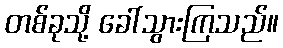
တစ်ခုသို့ ခေါ်သွားကြသည်။